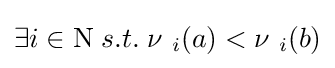
\exists i\in \mathrm {N} \;s.t.\;\nu \ _{i}(a)<\nu \ _{i}(b)